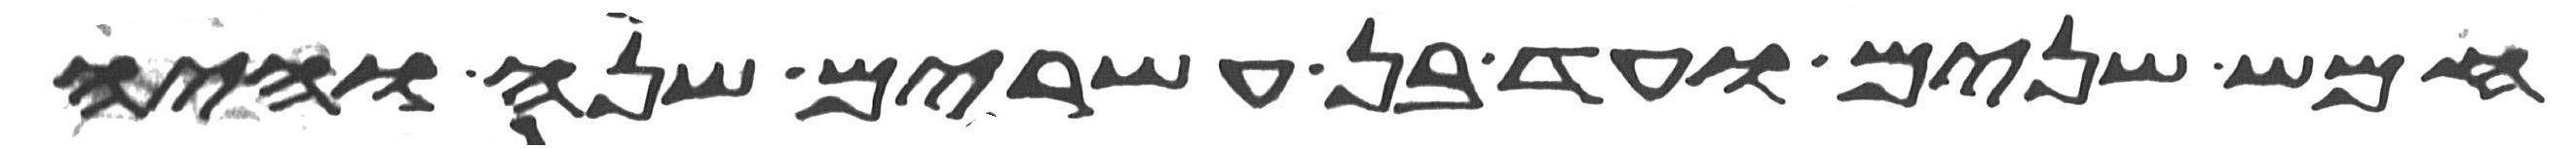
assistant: חמש שנים ועד בן עשרים שנה והיה